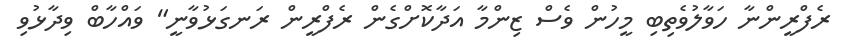
ރެފްރީންނާ ހަވާލުވެތިބި މީހުން ވެސް ޒިންމާ އަދާކޮށްގެން ރެފްރީން ރަނގަޅުވާނީ" ވައްހާބް ވިދާޅުވި